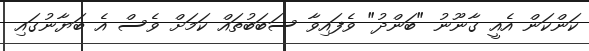
ކަންކަން އެއީ ގާނޫނު "ބަންދު" ވެފައިވާ ސަބަބުތައް ކަމަށް ވެސް އެ ބަޔާނުގައި